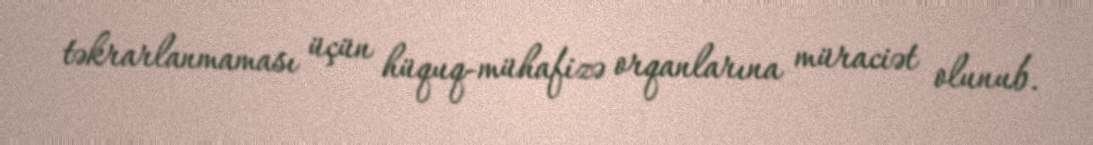
təkrarlanmaması üçün hüquq-mühafizə orqanlarına müraciət olunub.